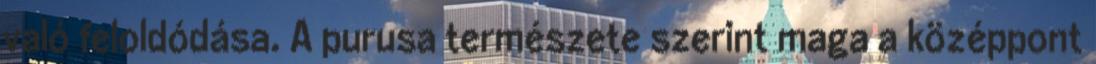
való feloldódása. A purusa természete szerint maga a középpont